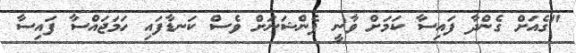
"ގެއަށް ގެންދާ ފައިސާ ކަމަށް ވާނީ ޕެންޝަނަށް ވެސް ކަނޑާފައި ހަމަޖައްސާ ފައިސާ